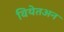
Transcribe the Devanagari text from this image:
वियेतअन